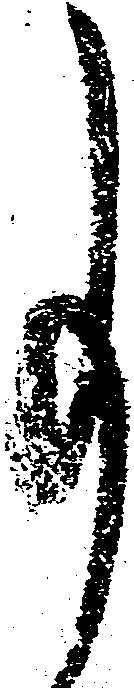
事